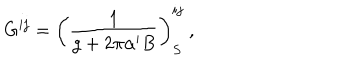
LaTeX: G ^ { i j } = \left( \frac { 1 } { g + 2 \pi \alpha ^ { \prime } B } \right) _ { S } ^ { i j } ~ ,